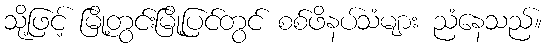
သို့ဖြင့် မြို့တွင်းမြို့ပြင်တွင် စစ်ဖိနပ်သံများ ညံနေသည်။